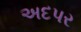
અદપર